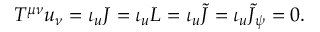
{ \cal T } ^ { \mu \nu } u _ { \nu } = \iota _ { u } { \cal J } = \iota _ { u } { \cal L } = \iota _ { u } { \cal \tilde { J } } = \iota _ { u } { \cal \tilde { J } _ { \psi } } = 0 .